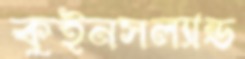
কুইনসল্যান্ড